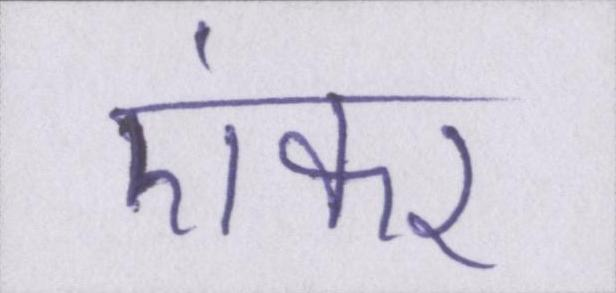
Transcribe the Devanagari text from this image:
एंकर